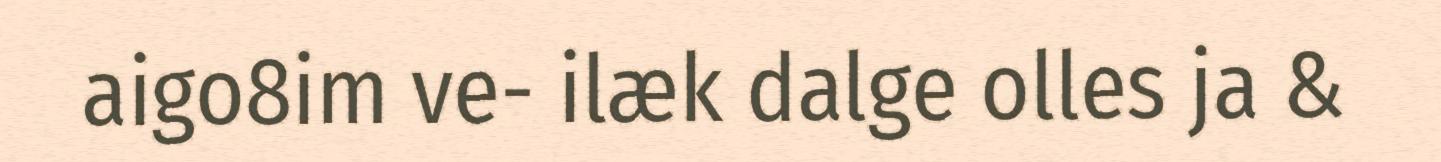
aigo8im ve- ilæk dalge olles ja &